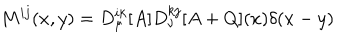
M ^ { i j } ( x , y ) = D _ { \mu } ^ { i k } [ A ] D _ { \nu } ^ { k j } [ A + Q ] ( x ) \delta ( x - y )